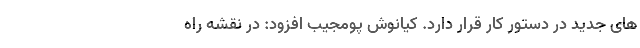
های جدید در دستور کار قرار دارد. کیانوش پومجیب افزود: در نقشه راه